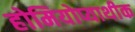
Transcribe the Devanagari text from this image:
होमियोप्याथीक